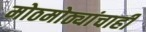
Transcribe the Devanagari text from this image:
मोठमोठ्यांचाही